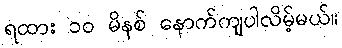
ရထား ၁၀ မိနစ် နောက်ကျပါလိမ့်မယ်။